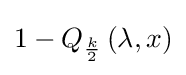
1-Q_{\frac {k}{2}}\left(\lambda ,x\right)